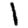
Digit: 1